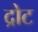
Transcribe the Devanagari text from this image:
द्रोट